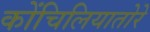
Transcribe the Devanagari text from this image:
कोंचिलियातोरे